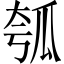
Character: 瓠